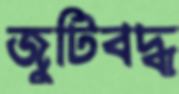
জুটিবদ্ধ